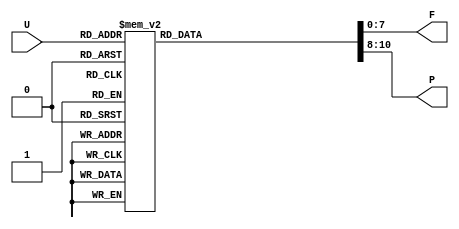
module Float_8bit_Table(U, F, P);
	input [7:0] U;
	output reg [7:0] F;
	output reg [2:0] P;
	
	always @(U) begin
		case (U)
			8'd0:   begin F <= 8'b00000000; P <= 3'b000; end
			8'd1:   begin F <= 8'b10000000; P <= 3'b000; end
			8'd2:   begin F <= 8'b10000000; P <= 3'b001; end
			8'd3:   begin F <= 8'b11000000; P <= 3'b001; end
			8'd4:   begin F <= 8'b10000000; P <= 3'b010; end
			8'd5:   begin F <= 8'b10100000; P <= 3'b010; end
			8'd6:   begin F <= 8'b11000000; P <= 3'b010; end
			8'd7:   begin F <= 8'b11100000; P <= 3'b010; end
			8'd8:   begin F <= 8'b10000000; P <= 3'b011; end
			8'd9:   begin F <= 8'b10010000; P <= 3'b011; end
			8'd10:  begin F <= 8'b10100000; P <= 3'b011; end
			8'd11:  begin F <= 8'b10110000; P <= 3'b011; end
			8'd12:  begin F <= 8'b11000000; P <= 3'b011; end
			8'd13:  begin F <= 8'b11010000; P <= 3'b011; end
			8'd14:  begin F <= 8'b11100000; P <= 3'b011; end
			8'd15:  begin F <= 8'b11110000; P <= 3'b011; end
			8'd16:  begin F <= 8'b10000000; P <= 3'b100; end
			8'd17:  begin F <= 8'b10001000; P <= 3'b100; end
			8'd18:  begin F <= 8'b10010000; P <= 3'b100; end
			8'd19:  begin F <= 8'b10011000; P <= 3'b100; end
			8'd20:  begin F <= 8'b10100000; P <= 3'b100; end
			8'd21:  begin F <= 8'b10101000; P <= 3'b100; end
			8'd22:  begin F <= 8'b10110000; P <= 3'b100; end
			8'd23:  begin F <= 8'b10111000; P <= 3'b100; end
			8'd24:  begin F <= 8'b11000000; P <= 3'b100; end
			8'd25:  begin F <= 8'b11001000; P <= 3'b100; end
			8'd26:  begin F <= 8'b11010000; P <= 3'b100; end
			8'd27:  begin F <= 8'b11011000; P <= 3'b100; end
			8'd28:  begin F <= 8'b11100000; P <= 3'b100; end
			8'd29:  begin F <= 8'b11101000; P <= 3'b100; end
			8'd30:  begin F <= 8'b11110000; P <= 3'b100; end
			8'd31:  begin F <= 8'b11111000; P <= 3'b100; end
			8'd32:  begin F <= 8'b10000000; P <= 3'b101; end
			8'd33:  begin F <= 8'b10000100; P <= 3'b101; end
			8'd34:  begin F <= 8'b10001000; P <= 3'b101; end
			8'd35:  begin F <= 8'b10001100; P <= 3'b101; end
			8'd36:  begin F <= 8'b10010000; P <= 3'b101; end
			8'd37:  begin F <= 8'b10010100; P <= 3'b101; end
			8'd38:  begin F <= 8'b10011000; P <= 3'b101; end
			8'd39:  begin F <= 8'b10011100; P <= 3'b101; end
			8'd40:  begin F <= 8'b10100000; P <= 3'b101; end
			8'd41:  begin F <= 8'b10100100; P <= 3'b101; end
			8'd42:  begin F <= 8'b10101000; P <= 3'b101; end
			8'd43:  begin F <= 8'b10101100; P <= 3'b101; end
			8'd44:  begin F <= 8'b10110000; P <= 3'b101; end
			8'd45:  begin F <= 8'b10110100; P <= 3'b101; end
			8'd46:  begin F <= 8'b10111000; P <= 3'b101; end
			8'd47:  begin F <= 8'b10111100; P <= 3'b101; end
			8'd48:  begin F <= 8'b11000000; P <= 3'b101; end
			8'd49:  begin F <= 8'b11000100; P <= 3'b101; end
			8'd50:  begin F <= 8'b11001000; P <= 3'b101; end
			8'd51:  begin F <= 8'b11001100; P <= 3'b101; end
			8'd52:  begin F <= 8'b11010000; P <= 3'b101; end
			8'd53:  begin F <= 8'b11010100; P <= 3'b101; end
			8'd54:  begin F <= 8'b11011000; P <= 3'b101; end
			8'd55:  begin F <= 8'b11011100; P <= 3'b101; end
			8'd56:  begin F <= 8'b11100000; P <= 3'b101; end
			8'd57:  begin F <= 8'b11100100; P <= 3'b101; end
			8'd58:  begin F <= 8'b11101000; P <= 3'b101; end
			8'd59:  begin F <= 8'b11101100; P <= 3'b101; end
			8'd60:  begin F <= 8'b11110000; P <= 3'b101; end
			8'd61:  begin F <= 8'b11110100; P <= 3'b101; end
			8'd62:  begin F <= 8'b11111000; P <= 3'b101; end
			8'd63:  begin F <= 8'b11111100; P <= 3'b101; end
			8'd64:  begin F <= 8'b10000000; P <= 3'b110; end
			8'd65:  begin F <= 8'b10000010; P <= 3'b110; end
			8'd66:  begin F <= 8'b10000100; P <= 3'b110; end
			8'd67:  begin F <= 8'b10000110; P <= 3'b110; end
			8'd68:  begin F <= 8'b10001000; P <= 3'b110; end
			8'd69:  begin F <= 8'b10001010; P <= 3'b110; end
			8'd70:  begin F <= 8'b10001100; P <= 3'b110; end
			8'd71:  begin F <= 8'b10001110; P <= 3'b110; end
			8'd72:  begin F <= 8'b10010000; P <= 3'b110; end
			8'd73:  begin F <= 8'b10010010; P <= 3'b110; end
			8'd74:  begin F <= 8'b10010100; P <= 3'b110; end
			8'd75:  begin F <= 8'b10010110; P <= 3'b110; end
			8'd76:  begin F <= 8'b10011000; P <= 3'b110; end
			8'd77:  begin F <= 8'b10011010; P <= 3'b110; end
			8'd78:  begin F <= 8'b10011100; P <= 3'b110; end
			8'd79:  begin F <= 8'b10011110; P <= 3'b110; end
			8'd80:  begin F <= 8'b10100000; P <= 3'b110; end
			8'd81:  begin F <= 8'b10100010; P <= 3'b110; end
			8'd82:  begin F <= 8'b10100100; P <= 3'b110; end
			8'd83:  begin F <= 8'b10100110; P <= 3'b110; end
			8'd84:  begin F <= 8'b10101000; P <= 3'b110; end
			8'd85:  begin F <= 8'b10101010; P <= 3'b110; end
			8'd86:  begin F <= 8'b10101100; P <= 3'b110; end
			8'd87:  begin F <= 8'b10101110; P <= 3'b110; end
			8'd88:  begin F <= 8'b10110000; P <= 3'b110; end
			8'd89:  begin F <= 8'b10110010; P <= 3'b110; end
			8'd90:  begin F <= 8'b10110100; P <= 3'b110; end
			8'd91:  begin F <= 8'b10110110; P <= 3'b110; end
			8'd92:  begin F <= 8'b10111000; P <= 3'b110; end
			8'd93:  begin F <= 8'b10111010; P <= 3'b110; end
			8'd94:  begin F <= 8'b10111100; P <= 3'b110; end
			8'd95:  begin F <= 8'b10111110; P <= 3'b110; end
			8'd96:  begin F <= 8'b11000000; P <= 3'b110; end
			8'd97:  begin F <= 8'b11000010; P <= 3'b110; end
			8'd98:  begin F <= 8'b11000100; P <= 3'b110; end
			8'd99:  begin F <= 8'b11000110; P <= 3'b110; end
			8'd100: begin F <= 8'b11001000; P <= 3'b110; end
			8'd101: begin F <= 8'b11001010; P <= 3'b110; end
			8'd102: begin F <= 8'b11001100; P <= 3'b110; end
			8'd103: begin F <= 8'b11001110; P <= 3'b110; end
			8'd104: begin F <= 8'b11010000; P <= 3'b110; end
			8'd105: begin F <= 8'b11010010; P <= 3'b110; end
			8'd106: begin F <= 8'b11010100; P <= 3'b110; end
			8'd107: begin F <= 8'b11010110; P <= 3'b110; end
			8'd108: begin F <= 8'b11011000; P <= 3'b110; end
			8'd109: begin F <= 8'b11011010; P <= 3'b110; end
			8'd110: begin F <= 8'b11011100; P <= 3'b110; end
			8'd111: begin F <= 8'b11011110; P <= 3'b110; end
			8'd112: begin F <= 8'b11100000; P <= 3'b110; end
			8'd113: begin F <= 8'b11100010; P <= 3'b110; end
			8'd114: begin F <= 8'b11100100; P <= 3'b110; end
			8'd115: begin F <= 8'b11100110; P <= 3'b110; end
			8'd116: begin F <= 8'b11101000; P <= 3'b110; end
			8'd117: begin F <= 8'b11101010; P <= 3'b110; end
			8'd118: begin F <= 8'b11101100; P <= 3'b110; end
			8'd119: begin F <= 8'b11101110; P <= 3'b110; end
			8'd120: begin F <= 8'b11110000; P <= 3'b110; end
			8'd121: begin F <= 8'b11110010; P <= 3'b110; end
			8'd122: begin F <= 8'b11110100; P <= 3'b110; end
			8'd123: begin F <= 8'b11110110; P <= 3'b110; end
			8'd124: begin F <= 8'b11111000; P <= 3'b110; end
			8'd125: begin F <= 8'b11111010; P <= 3'b110; end
			8'd126: begin F <= 8'b11111100; P <= 3'b110; end
			8'd127: begin F <= 8'b11111110; P <= 3'b110; end
			8'd128: begin F <= 8'b10000000; P <= 3'b111; end
			8'd129: begin F <= 8'b10000001; P <= 3'b111; end
			8'd130: begin F <= 8'b10000010; P <= 3'b111; end
			8'd131: begin F <= 8'b10000011; P <= 3'b111; end
			8'd132: begin F <= 8'b10000100; P <= 3'b111; end
			8'd133: begin F <= 8'b10000101; P <= 3'b111; end
			8'd134: begin F <= 8'b10000110; P <= 3'b111; end
			8'd135: begin F <= 8'b10000111; P <= 3'b111; end
			8'd136: begin F <= 8'b10001000; P <= 3'b111; end
			8'd137: begin F <= 8'b10001001; P <= 3'b111; end
			8'd138: begin F <= 8'b10001010; P <= 3'b111; end
			8'd139: begin F <= 8'b10001011; P <= 3'b111; end
			8'd140: begin F <= 8'b10001100; P <= 3'b111; end
			8'd141: begin F <= 8'b10001101; P <= 3'b111; end
			8'd142: begin F <= 8'b10001110; P <= 3'b111; end
			8'd143: begin F <= 8'b10001111; P <= 3'b111; end
			8'd144: begin F <= 8'b10010000; P <= 3'b111; end
			8'd145: begin F <= 8'b10010001; P <= 3'b111; end
			8'd146: begin F <= 8'b10010010; P <= 3'b111; end
			8'd147: begin F <= 8'b10010011; P <= 3'b111; end
			8'd148: begin F <= 8'b10010100; P <= 3'b111; end
			8'd149: begin F <= 8'b10010101; P <= 3'b111; end
			8'd150: begin F <= 8'b10010110; P <= 3'b111; end
			8'd151: begin F <= 8'b10010111; P <= 3'b111; end
			8'd152: begin F <= 8'b10011000; P <= 3'b111; end
			8'd153: begin F <= 8'b10011001; P <= 3'b111; end
			8'd154: begin F <= 8'b10011010; P <= 3'b111; end
			8'd155: begin F <= 8'b10011011; P <= 3'b111; end
			8'd156: begin F <= 8'b10011100; P <= 3'b111; end
			8'd157: begin F <= 8'b10011101; P <= 3'b111; end
			8'd158: begin F <= 8'b10011110; P <= 3'b111; end
			8'd159: begin F <= 8'b10011111; P <= 3'b111; end
			8'd160: begin F <= 8'b10100000; P <= 3'b111; end
			8'd161: begin F <= 8'b10100001; P <= 3'b111; end
			8'd162: begin F <= 8'b10100010; P <= 3'b111; end
			8'd163: begin F <= 8'b10100011; P <= 3'b111; end
			8'd164: begin F <= 8'b10100100; P <= 3'b111; end
			8'd165: begin F <= 8'b10100101; P <= 3'b111; end
			8'd166: begin F <= 8'b10100110; P <= 3'b111; end
			8'd167: begin F <= 8'b10100111; P <= 3'b111; end
			8'd168: begin F <= 8'b10101000; P <= 3'b111; end
			8'd169: begin F <= 8'b10101001; P <= 3'b111; end
			8'd170: begin F <= 8'b10101010; P <= 3'b111; end
			8'd171: begin F <= 8'b10101011; P <= 3'b111; end
			8'd172: begin F <= 8'b10101100; P <= 3'b111; end
			8'd173: begin F <= 8'b10101101; P <= 3'b111; end
			8'd174: begin F <= 8'b10101110; P <= 3'b111; end
			8'd175: begin F <= 8'b10101111; P <= 3'b111; end
			8'd176: begin F <= 8'b10110000; P <= 3'b111; end
			8'd177: begin F <= 8'b10110001; P <= 3'b111; end
			8'd178: begin F <= 8'b10110010; P <= 3'b111; end
			8'd179: begin F <= 8'b10110011; P <= 3'b111; end
			8'd180: begin F <= 8'b10110100; P <= 3'b111; end
			8'd181: begin F <= 8'b10110101; P <= 3'b111; end
			8'd182: begin F <= 8'b10110110; P <= 3'b111; end
			8'd183: begin F <= 8'b10110111; P <= 3'b111; end
			8'd184: begin F <= 8'b10111000; P <= 3'b111; end
			8'd185: begin F <= 8'b10111001; P <= 3'b111; end
			8'd186: begin F <= 8'b10111010; P <= 3'b111; end
			8'd187: begin F <= 8'b10111011; P <= 3'b111; end
			8'd188: begin F <= 8'b10111100; P <= 3'b111; end
			8'd189: begin F <= 8'b10111101; P <= 3'b111; end
			8'd190: begin F <= 8'b10111110; P <= 3'b111; end
			8'd191: begin F <= 8'b10111111; P <= 3'b111; end
			8'd192: begin F <= 8'b11000000; P <= 3'b111; end
			8'd193: begin F <= 8'b11000001; P <= 3'b111; end
			8'd194: begin F <= 8'b11000010; P <= 3'b111; end
			8'd195: begin F <= 8'b11000011; P <= 3'b111; end
			8'd196: begin F <= 8'b11000100; P <= 3'b111; end
			8'd197: begin F <= 8'b11000101; P <= 3'b111; end
			8'd198: begin F <= 8'b11000110; P <= 3'b111; end
			8'd199: begin F <= 8'b11000111; P <= 3'b111; end
			8'd200: begin F <= 8'b11001000; P <= 3'b111; end
			8'd201: begin F <= 8'b11001001; P <= 3'b111; end
			8'd202: begin F <= 8'b11001010; P <= 3'b111; end
			8'd203: begin F <= 8'b11001011; P <= 3'b111; end
			8'd204: begin F <= 8'b11001100; P <= 3'b111; end
			8'd205: begin F <= 8'b11001101; P <= 3'b111; end
			8'd206: begin F <= 8'b11001110; P <= 3'b111; end
			8'd207: begin F <= 8'b11001111; P <= 3'b111; end
			8'd208: begin F <= 8'b11010000; P <= 3'b111; end
			8'd209: begin F <= 8'b11010001; P <= 3'b111; end
			8'd210: begin F <= 8'b11010010; P <= 3'b111; end
			8'd211: begin F <= 8'b11010011; P <= 3'b111; end
			8'd212: begin F <= 8'b11010100; P <= 3'b111; end
			8'd213: begin F <= 8'b11010101; P <= 3'b111; end
			8'd214: begin F <= 8'b11010110; P <= 3'b111; end
			8'd215: begin F <= 8'b11010111; P <= 3'b111; end
			8'd216: begin F <= 8'b11011000; P <= 3'b111; end
			8'd217: begin F <= 8'b11011001; P <= 3'b111; end
			8'd218: begin F <= 8'b11011010; P <= 3'b111; end
			8'd219: begin F <= 8'b11011011; P <= 3'b111; end
			8'd220: begin F <= 8'b11011100; P <= 3'b111; end
			8'd221: begin F <= 8'b11011101; P <= 3'b111; end
			8'd222: begin F <= 8'b11011110; P <= 3'b111; end
			8'd223: begin F <= 8'b11011111; P <= 3'b111; end
			8'd224: begin F <= 8'b11100000; P <= 3'b111; end
			8'd225: begin F <= 8'b11100001; P <= 3'b111; end
			8'd226: begin F <= 8'b11100010; P <= 3'b111; end
			8'd227: begin F <= 8'b11100011; P <= 3'b111; end
			8'd228: begin F <= 8'b11100100; P <= 3'b111; end
			8'd229: begin F <= 8'b11100101; P <= 3'b111; end
			8'd230: begin F <= 8'b11100110; P <= 3'b111; end
			8'd231: begin F <= 8'b11100111; P <= 3'b111; end
			8'd232: begin F <= 8'b11101000; P <= 3'b111; end
			8'd233: begin F <= 8'b11101001; P <= 3'b111; end
			8'd234: begin F <= 8'b11101010; P <= 3'b111; end
			8'd235: begin F <= 8'b11101011; P <= 3'b111; end
			8'd236: begin F <= 8'b11101100; P <= 3'b111; end
			8'd237: begin F <= 8'b11101101; P <= 3'b111; end
			8'd238: begin F <= 8'b11101110; P <= 3'b111; end
			8'd239: begin F <= 8'b11101111; P <= 3'b111; end
			8'd240: begin F <= 8'b11110000; P <= 3'b111; end
			8'd241: begin F <= 8'b11110001; P <= 3'b111; end
			8'd242: begin F <= 8'b11110010; P <= 3'b111; end
			8'd243: begin F <= 8'b11110011; P <= 3'b111; end
			8'd244: begin F <= 8'b11110100; P <= 3'b111; end
			8'd245: begin F <= 8'b11110101; P <= 3'b111; end
			8'd246: begin F <= 8'b11110110; P <= 3'b111; end
			8'd247: begin F <= 8'b11110111; P <= 3'b111; end
			8'd248: begin F <= 8'b11111000; P <= 3'b111; end
			8'd249: begin F <= 8'b11111001; P <= 3'b111; end
			8'd250: begin F <= 8'b11111010; P <= 3'b111; end
			8'd251: begin F <= 8'b11111011; P <= 3'b111; end
			8'd252: begin F <= 8'b11111100; P <= 3'b111; end
			8'd253: begin F <= 8'b11111101; P <= 3'b111; end
			8'd254: begin F <= 8'b11111110; P <= 3'b111; end
			8'd255: begin F <= 8'b11111111; P <= 3'b111; end
		endcase
	end

endmodule